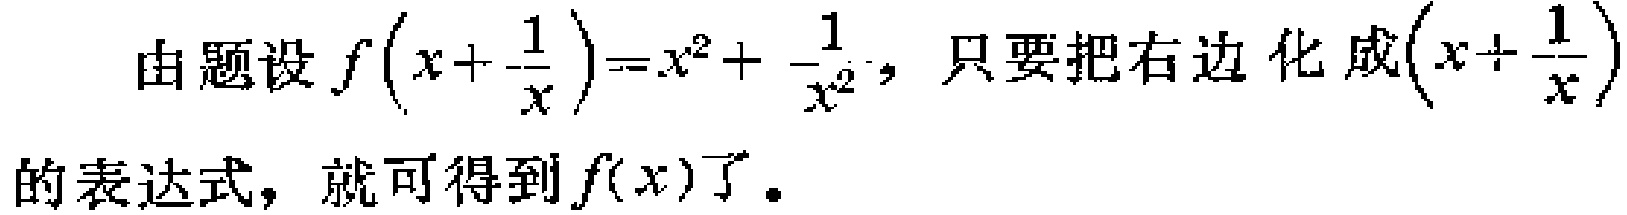
由题设$f\left(x+\frac{1}{x}\right)=x^{2}+\frac{1}{x^{2}}$，只要把右边化成$\left(x+\frac{1}{x}\right)$的表达式，就可得到$f(x)$了。